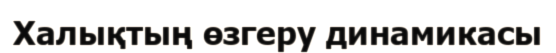
Халықтың өзгеру динамикасы